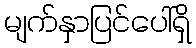
မျက်နှာပြင်ပေါ်ရှိ